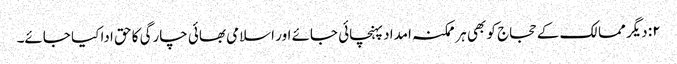
۲: دیگر ممالک کے حجاج کو بھی ہر ممکنہ امداد پہنچائی جائے اور اسلامی بھائی چارگی کا حق ادا کیا جائے۔